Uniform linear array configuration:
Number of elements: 12
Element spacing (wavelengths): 0.5
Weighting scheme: cosine
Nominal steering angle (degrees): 45
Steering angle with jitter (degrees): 46.848
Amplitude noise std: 0.05
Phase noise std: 0.05

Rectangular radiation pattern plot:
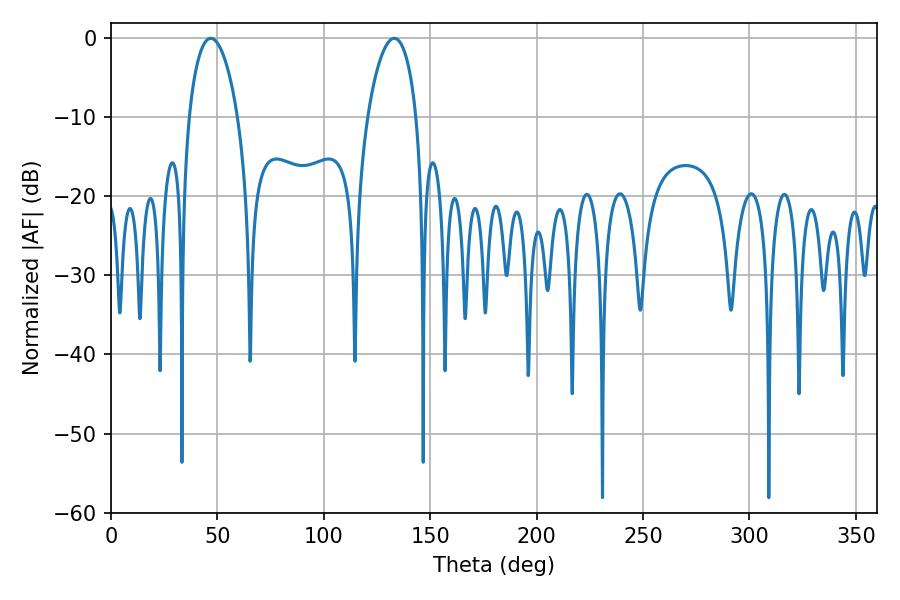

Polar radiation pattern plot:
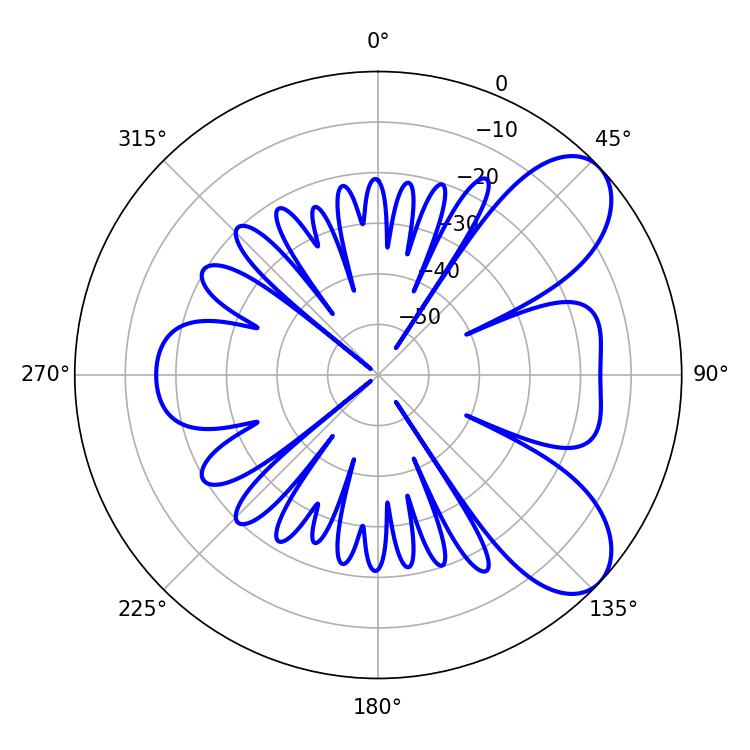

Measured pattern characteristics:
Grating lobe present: FALSE
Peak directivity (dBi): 7.515
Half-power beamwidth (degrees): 12.96
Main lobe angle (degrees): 46.98